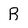
Character: B